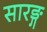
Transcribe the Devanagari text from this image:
सारङ्ग